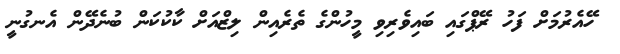
ހޭއެރުމަށް ފަހު ރޭޕްގައި ބައިވެރިވި މީހުންގެ ތެރެއިން ލިޒްއަށް ކާކުކަން ބުނެދޭން އެނގުނީ